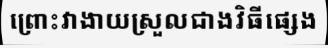
ព្រោះវាងាយស្រួលជាងវិធីផ្សេង